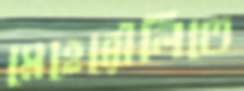
মেহেরৌলিতে